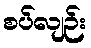
စပ်လျဉ်း